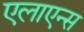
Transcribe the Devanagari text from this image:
एलाएन्स